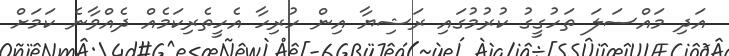
އަދި މައްސަލަ ތަހުގީގު ކުރުމުގައި ރަޝިޔާ އިން ހުރިހާ އެެހީތެރިކަމެއް ދެއްވާނެ ކަމަށް